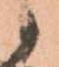
候